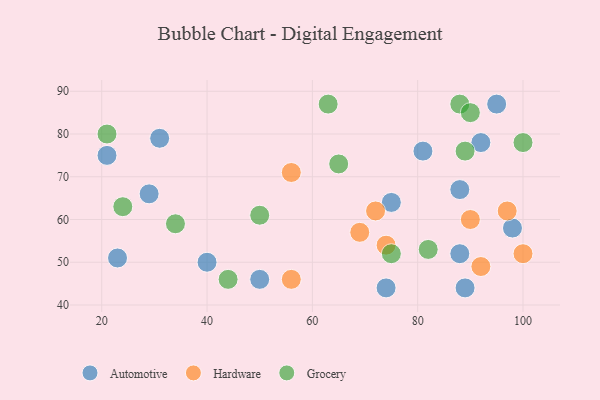
{"axis": {"x": "GDP", "y": "Life Expectancy"}, "legend": ["Automotive", "Grocery", "Hardware"], "data": [{"x": "92", "y": 78, "type": "Automotive"}, {"x": "29", "y": 66, "type": "Automotive"}, {"x": "98", "y": 58, "type": "Automotive"}, {"x": "88", "y": 67, "type": "Automotive"}, {"x": "88", "y": 52, "type": "Automotive"}, {"x": "81", "y": 76, "type": "Automotive"}, {"x": "95", "y": 87, "type": "Automotive"}, {"x": "89", "y": 44, "type": "Automotive"}, {"x": "74", "y": 44, "type": "Automotive"}, {"x": "31", "y": 79, "type": "Automotive"}, {"x": "40", "y": 50, "type": "Automotive"}, {"x": "75", "y": 64, "type": "Automotive"}, {"x": "23", "y": 51, "type": "Automotive"}, {"x": "50", "y": 46, "type": "Automotive"}, {"x": "21", "y": 75, "type": "Automotive"}, {"x": "74", "y": 54, "type": "Hardware"}, {"x": "56", "y": 71, "type": "Hardware"}, {"x": "90", "y": 60, "type": "Hardware"}, {"x": "69", "y": 57, "type": "Hardware"}, {"x": "92", "y": 49, "type": "Hardware"}, {"x": "97", "y": 62, "type": "Hardware"}, {"x": "100", "y": 52, "type": "Hardware"}, {"x": "72", "y": 62, "type": "Hardware"}, {"x": "56", "y": 46, "type": "Hardware"}, {"x": "89", "y": 76, "type": "Grocery"}, {"x": "34", "y": 59, "type": "Grocery"}, {"x": "88", "y": 87, "type": "Grocery"}, {"x": "24", "y": 63, "type": "Grocery"}, {"x": "82", "y": 53, "type": "Grocery"}, {"x": "63", "y": 87, "type": "Grocery"}, {"x": "100", "y": 78, "type": "Grocery"}, {"x": "21", "y": 80, "type": "Grocery"}, {"x": "44", "y": 46, "type": "Grocery"}, {"x": "90", "y": 85, "type": "Grocery"}, {"x": "65", "y": 73, "type": "Grocery"}, {"x": "50", "y": 61, "type": "Grocery"}, {"x": "75", "y": 52, "type": "Grocery"}]}